Indian journal of veterinary science and animal husbandry - Volumes 18-21, 1948-1951
Year: 1948
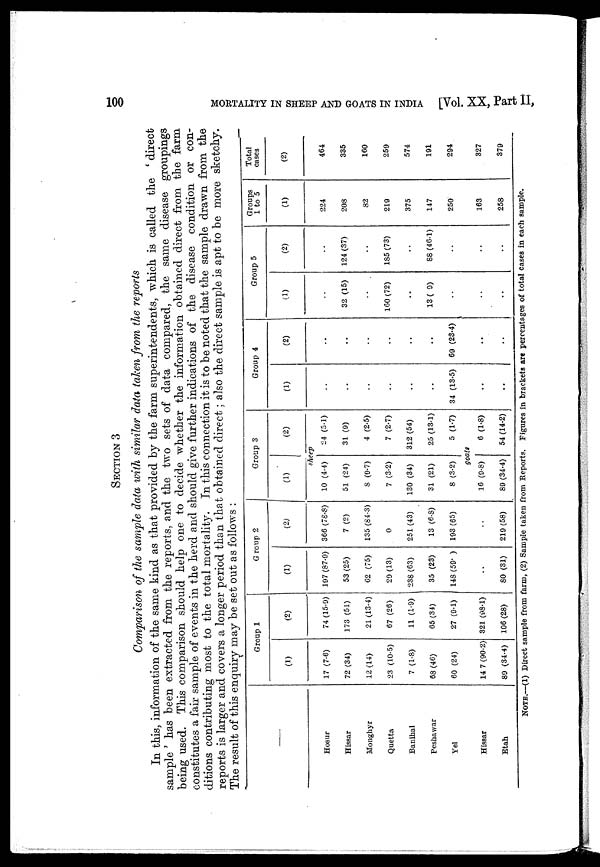
100
MORTALITY IN SHEEP AND GOATS IN INDIA [Vol. XX, Part II,
SECTION 3
Comparison of the sample data with similar data taken from the reports
In this, information of the same kind as that provided by the farm superintendents, which is called the ' direct
sample ' has been extracted from the reports, and the two sets of data compared, the same disease groupings
being used. This comparison should help one to decide whether the information obtained direct from the farm
constitutes a fair sample of events in the herd and should give further indications of the disease condition or con-
ditions contributing most to the total mortality. In this connection it is to be noted that the sample drawn from the
reports is larger and covers a longer period than that obtained direct ; also the direct sample is apt to be more sketchy.
The result of this enquiry may be set out as follows :
Hosur
Hissar
Monghyr
Quetta
Banihal
Peshawar
Yel
Hissar
Etah
Group 1
(1)
17 (7. 6)
72 (34)
12 (14)
23 (10. 5)
7 (1.8)
68 (46)
60 (24)
14 7 (90. 2)
89 (34. 4)
(2)
74 (15. 9)
173 (51)
21 (13. 4)
67 (26)
11 (1.9)
65 (34)
27 (9.1)
321 (98. 1)
106 (28)
Group 2
(1)
197 (87. 9)
53 (25)
62 (75)
29 (13)
238 (63)
35 (23)
148 (59. )
80 (31)
(2)
366 (78. 8)
7 (2)
135 (84. 3)
0
251 (43)
13 (6. 8)
193 (65)
219 (58)
Group 3
(1)
(2)
sheep
10 (4.4)
51 (24)
8 (9.7)
7 (3. 2)
130 (34)
31 (21)
8 (3.2)
24 (5.1)
31 (9)
4 (2.5)
7 (2.7)
312 (54)
25 (13. 1)
5 (1.7)
goats
16 (9.8)
89 (34. 4)
6 (1.8)
54 (14. 2)
Group 4
(1)
34 (13.5)
..
..
(2)
69 (23. 4)
Group 5
(1)
32 (15)
160 (72)
..
13 ( 9)
(2)
124 (37)
185 (73)
88 (46. 1)
Groups
1 to 5
(1)
224
208
82
219
375
147
250
163
258
Total
cases
(2)
464
335
160
259
574
191
294
327
379
NOTE. —(1) Direct sample from farm, (2) Sampl e taken from Reports. Figures in brackets are percentages of total cases in each sample.